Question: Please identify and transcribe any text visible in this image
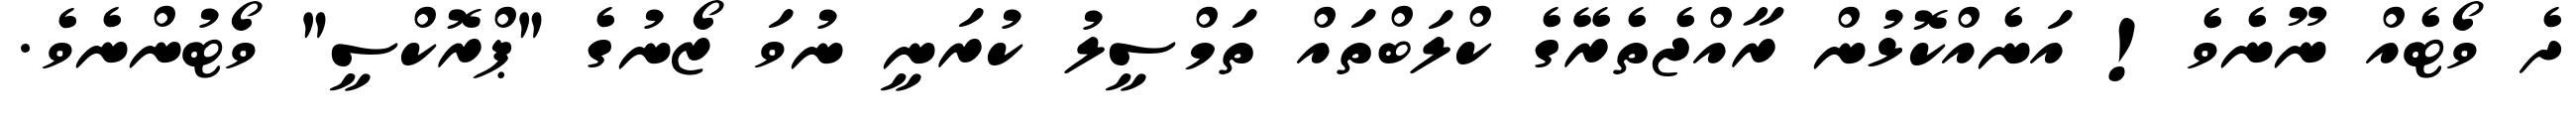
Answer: ދެ ވޯޓެއް ނޫނެވެ! އަނެއްކޮޅުން ރާއްޖެތެރޭގެ ކްލަބްތައް ތަމްސީލު ކުރަނީ ނުވަ ޒޯނުގެ "ޕްރޮކްސީ" ވޯޓުންނެވެ.